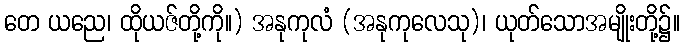
တေ ယညေ၊ ထိုယဇ်တို့ကို။) အနုကုလံ (အနုကုလေသု)၊ ယုတ်သောအမျိုးတို့၌။